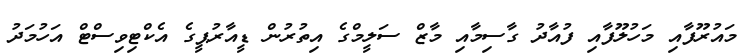
މައުރޫފާއި މަހުލޫފާއި ފުއާދު ގާސިމާއި މާޒް ސަލީމްގެ އިތުރުން ޑީއާރުޕީގެ އެކްޓިވިސްޓް އަހުމަދު